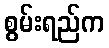
စွမ်းရည်က